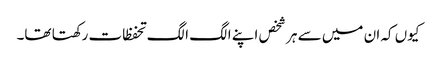
کیوں کہ ان میں سے ہر شخص اپنے الگ الگ تحفظات رکھتا تھا۔